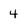
Character: 4